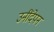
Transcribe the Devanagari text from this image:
उनींदेपन